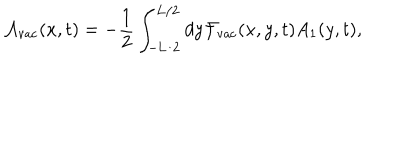
LaTeX: { \cal A } _ { \mathrm { v a c } } ( x , t ) = - \frac { 1 } { 2 } \int _ { - \mathrm { L } / 2 } ^ { \mathrm { L } / 2 } d y { \cal F } _ { \mathrm { v a c } } ( x , y , t ) A _ { 1 } ( y , t ) ,